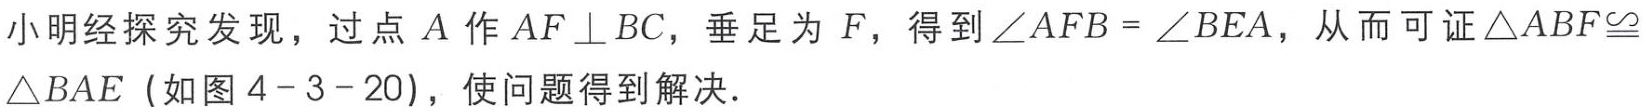
小明经探究发现，过点\(A\)作\(AF \perp BC\)，垂足为\(F\)，得到\(\angle AFB = \angle BEA\)，从而可证\(\triangle ABF\cong\triangle BAE\)（如图\(4 - 3 - 20\)），使问题得到解决．